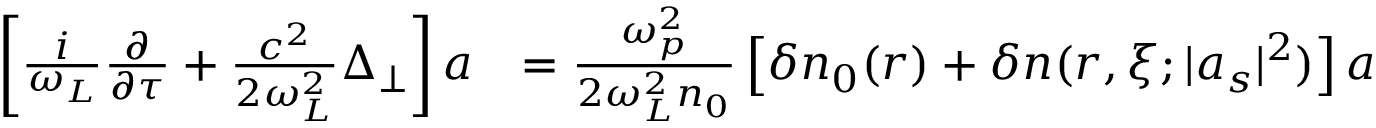
\begin{array} { r l } { \left[ \frac { i } { \omega _ { L } } \frac { \partial } { \partial \tau } + \frac { c ^ { 2 } } { 2 \omega _ { L } ^ { 2 } } \Delta _ { \perp } \right] a } & { = \frac { \omega _ { p } ^ { 2 } } { 2 \omega _ { L } ^ { 2 } n _ { 0 } } \left[ \delta n _ { 0 } ( r ) + \delta n ( r , \xi ; | a _ { s } | ^ { 2 } ) \right] a } \end{array}